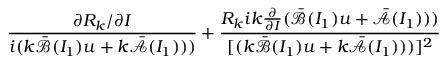
\displaystyle \frac { \partial R _ { k } / \partial I } { i ( k \bar { \mathcal { B } } ( I _ { 1 } ) u + k \bar { \mathcal { A } } ( I _ { 1 } ) ) ) } + \frac { R _ { k } i k \frac { \partial } { \partial I } ( \bar { \mathcal { B } } ( I _ { 1 } ) u + \bar { \mathcal { A } } ( I _ { 1 } ) ) ) } { [ ( k \bar { \mathcal { B } } ( I _ { 1 } ) u + k \bar { \mathcal { A } } ( I _ { 1 } ) ) ) ] ^ { 2 } }